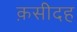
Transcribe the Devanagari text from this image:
क़सीदह